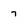
Character: 7